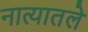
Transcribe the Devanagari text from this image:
नात्यातले